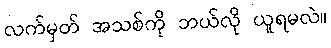
လက်မှတ် အသစ်ကို ဘယ်လို ယူရမလဲ။